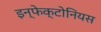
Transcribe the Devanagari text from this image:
इन्फेक्टोनियस